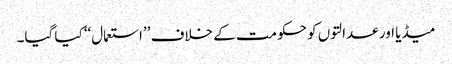
میڈیا اور عدالتوں کو حکومت کے خلاف ’’استعمال‘‘ کیا گیا۔